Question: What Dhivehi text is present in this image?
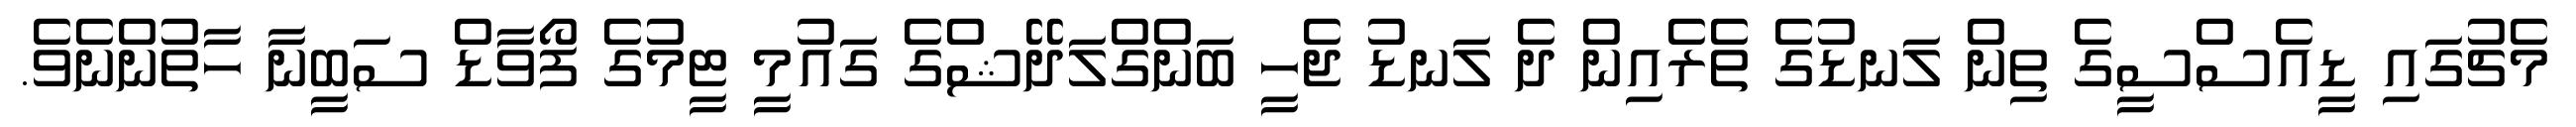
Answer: މެޗުގައި ޑީއެސްސީގެ ތިން ލަނޑުގެ ތެރެއިން ދެ ލަނޑު ޖެހީ ބަންގްލަދޭޝްގެ ގައުމީ ޓީމުގެ ފޯވާޑް ސަބީނާ ހާތުންނެވެ.